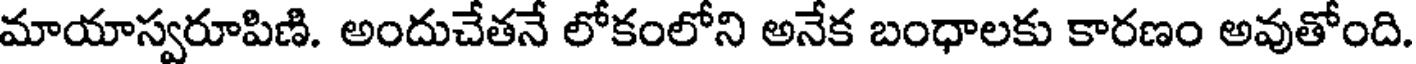
మాయాస్వరూపిణి. అందుచేతనే లోకంలోని అనేక బంధాలకు కారణం అవుతోంది